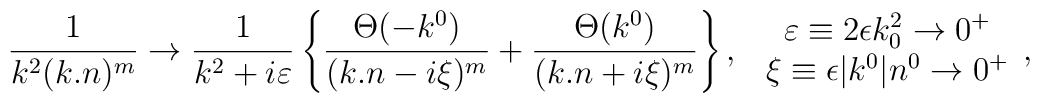
\frac{1}{k^2(k.n)^m} \rightarrow \frac{1}{k^2+i\varepsilon}\left\{\frac {\Theta(-k^0)}{(k.n-i\xi)^m}+\frac{\Theta(k^0)}{(k.n+i\xi)^m}\right\},\,\,\begin{array}{c}\varepsilon  \equiv2\epsilon k_0^2 \rightarrow 0^{+} \\\xi \equiv \epsilon|k^0|n^0 \rightarrow 0^{+} \end{array},